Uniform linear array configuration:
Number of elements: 4
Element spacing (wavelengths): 1
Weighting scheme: kaiser
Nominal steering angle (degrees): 60
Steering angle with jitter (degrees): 59.469
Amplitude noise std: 0.05
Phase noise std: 0.05

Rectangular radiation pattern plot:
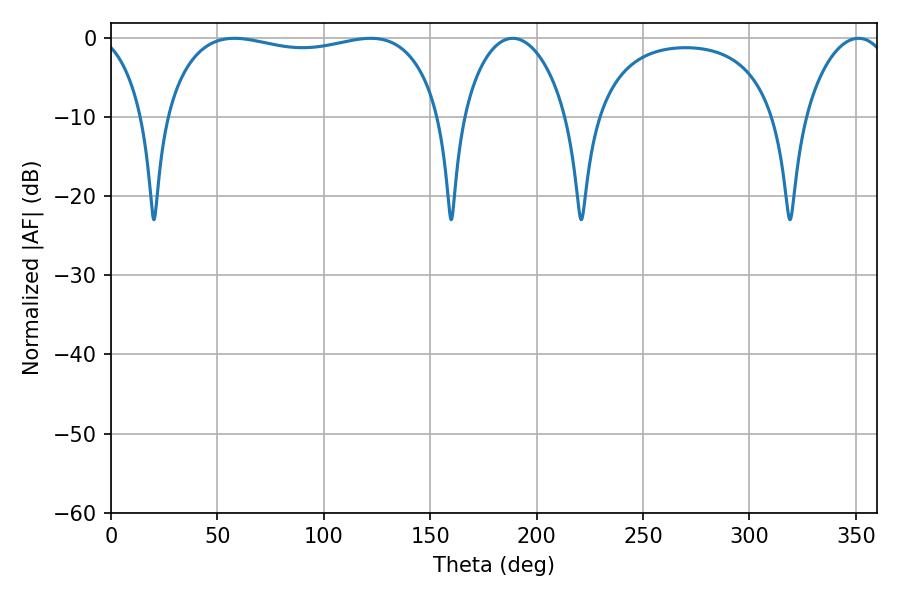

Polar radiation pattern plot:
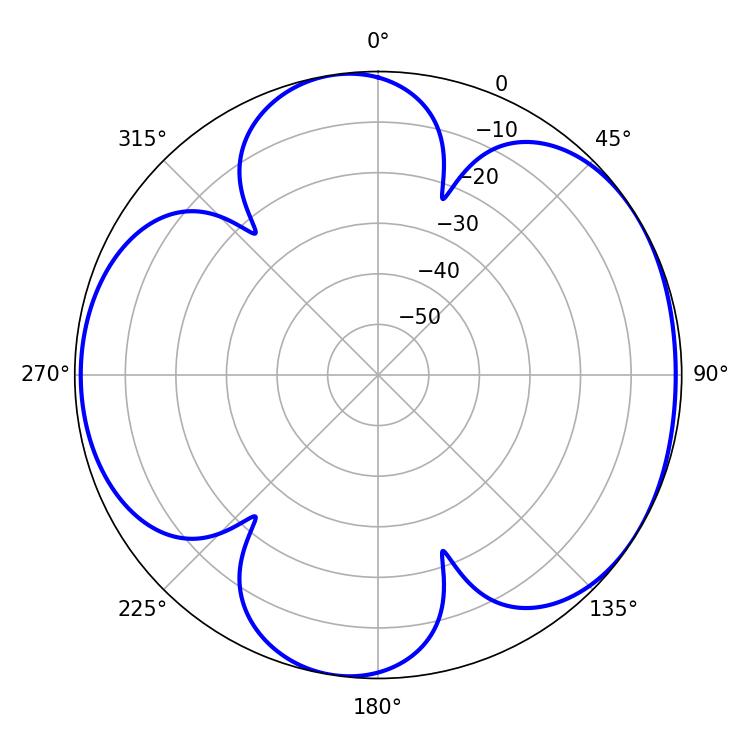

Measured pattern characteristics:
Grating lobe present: TRUE
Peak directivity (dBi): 5.494
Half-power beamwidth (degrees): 104.76
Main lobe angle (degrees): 57.96